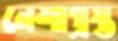
নেশাগ্রস্ত